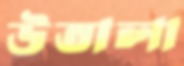
উতালা